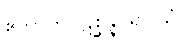
ဧကာဟပ္ပဋိစ္ဆန္နပရိဝါသံ